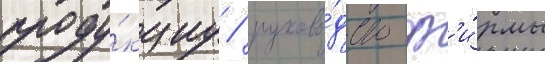
проду́кциу / руково́дство ф'и́рмы